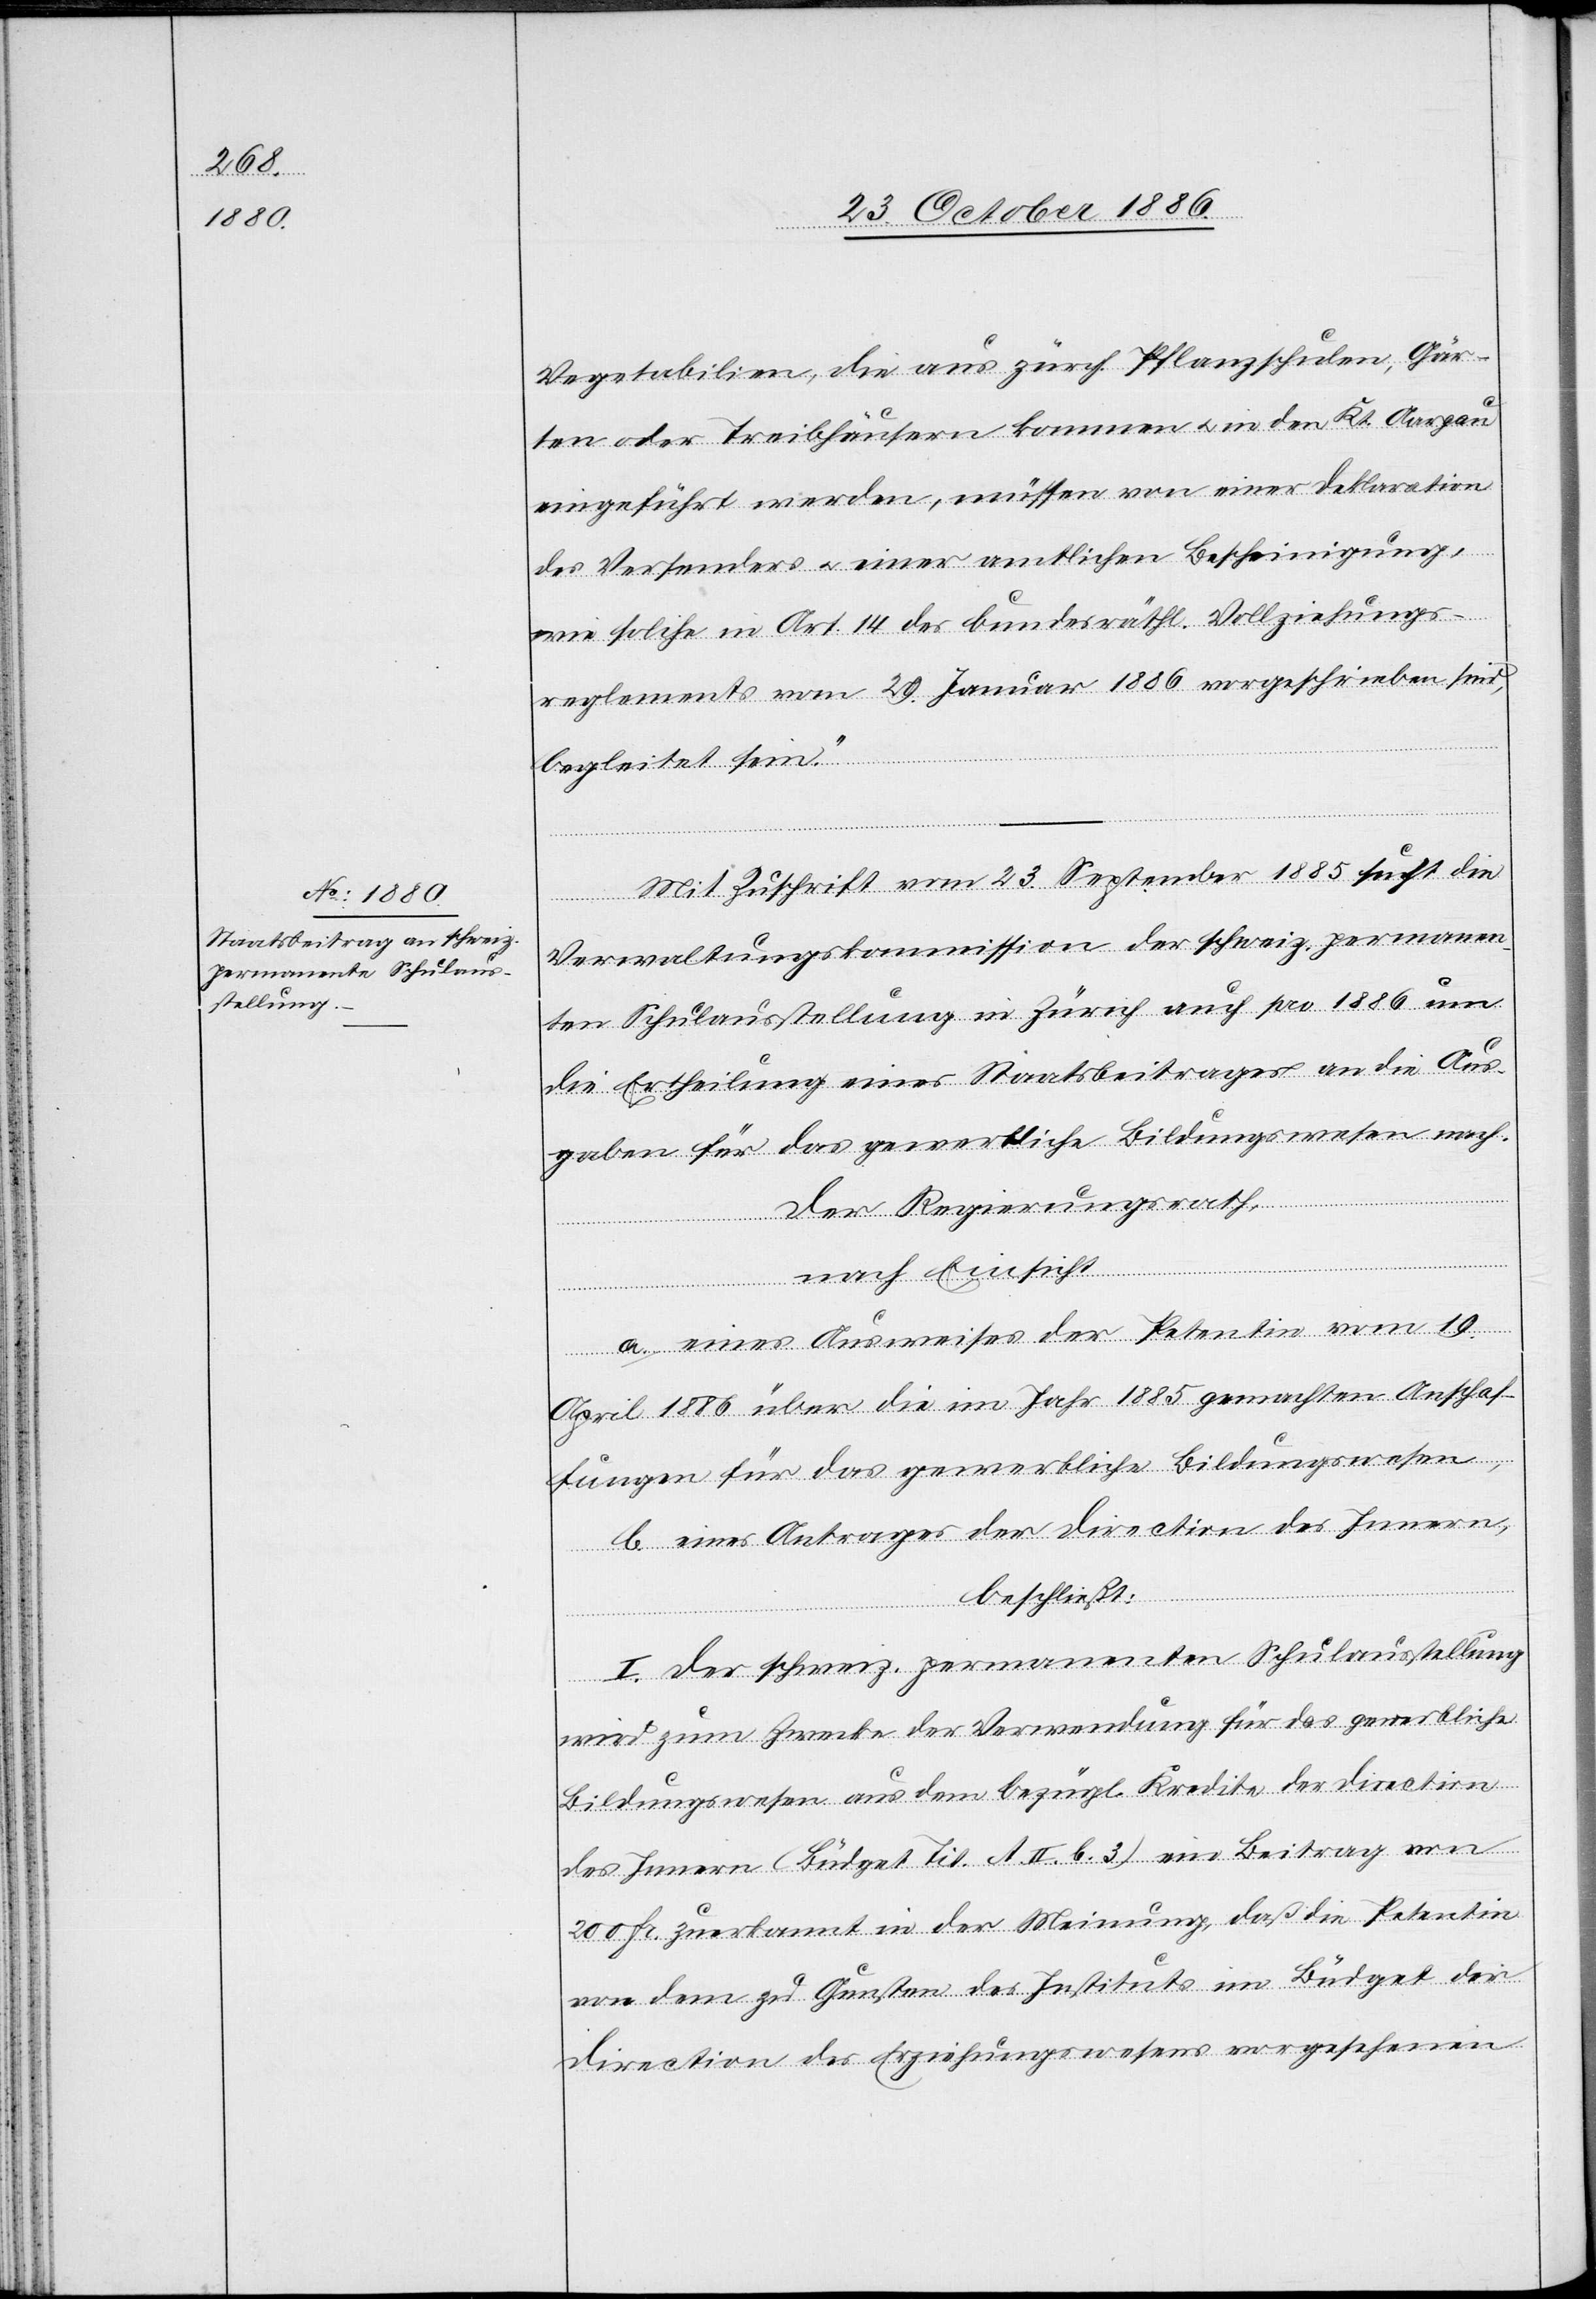
Vegetabilien, die aus zürch. Pflanzschulen, Gär¬
ten oder Treibhäusern kommen & in den Kt. Aargau
eingeführt werden, müssen von einer Deklaration
des Versenders & einer amtlichen Bescheinigung,
wie solche in Art. 14 des bundesräthl. Vollziehungs¬
reglements vom 29. Januar 1886 vorgeschrieben sind,
begleitet sein.“
Mit Zuschrift vom 23. September 1885 sucht die
Verwaltungskommission der schweiz. permanen¬
ten Schulausstellung in Zürich auch pro 1886 um
die Ertheilung eines Staatsbeitrages an die Aus¬
gaben für das gewerbliche Bildungswesen nach.
Der Regierungsrath,
nach Einsicht
a. eines Ausweises der Petentin vom 19.
April 1886 über die im Jahr 1885 gemachten Anschaf¬
fungen für das gewerbliche Bildungswesen,
b. eines Antrages der Direction des Innern,
beschließt:
I. Der schweiz. permanenten Schulausstellung
wird zum Zwecke der Verwendung für das gewerbliche
Bildungswesen aus dem bezügl. Kredite der Direction
des Innern (Büdget Tit. A. II. b. 3) ein Beitrag von
200 Fr. zuerkannt in der Meinung, daß die Petentin
von dem zu Gunsten des Instituts im Büdget der
Direction des Erziehungswesens vorgesehenen